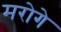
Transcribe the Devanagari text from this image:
मरोगे